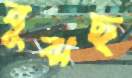
বুঝছ